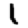
Digit: 1